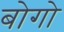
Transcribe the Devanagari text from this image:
बोगो